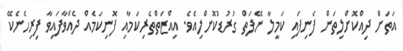
އަތަށް ދިއްކޮށްލިތަން ފެނިފައި ކަމީލާ ނޭފަތް ގުރުޑުކޮށްލިއެވެ. އިއްޒަތްތެރިކަމާއި ފޮނިކަމެއް ދެއްވާފައިވާ ފިރިހެނެކޭ